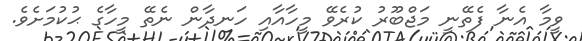
ވީމާ އެނާ ފެތޭނީ މަޖްބޫރު ކުރެވޭ މީހާއާއި ހަނދާން ނެތޭ މީހާގެ ޙުކުމަށެވެ.